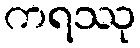
ကရဿု